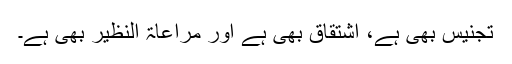
تجنیس بھی ہے، اشتقاق بھی ہے اور مراعاۃ النظیر بھی ہے۔